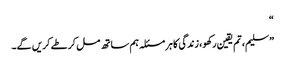
“
”سلیم، تم یقین رکھو، زندگی کا ہر مسئلہ ہم ساتھ مل کر طے کریں گے۔